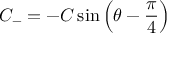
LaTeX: C _ { - } = - C \sin { \left( \theta - { \frac { \pi } { 4 } } \right) }